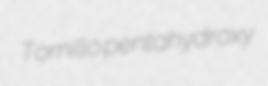
Tornillo pentahydroxy